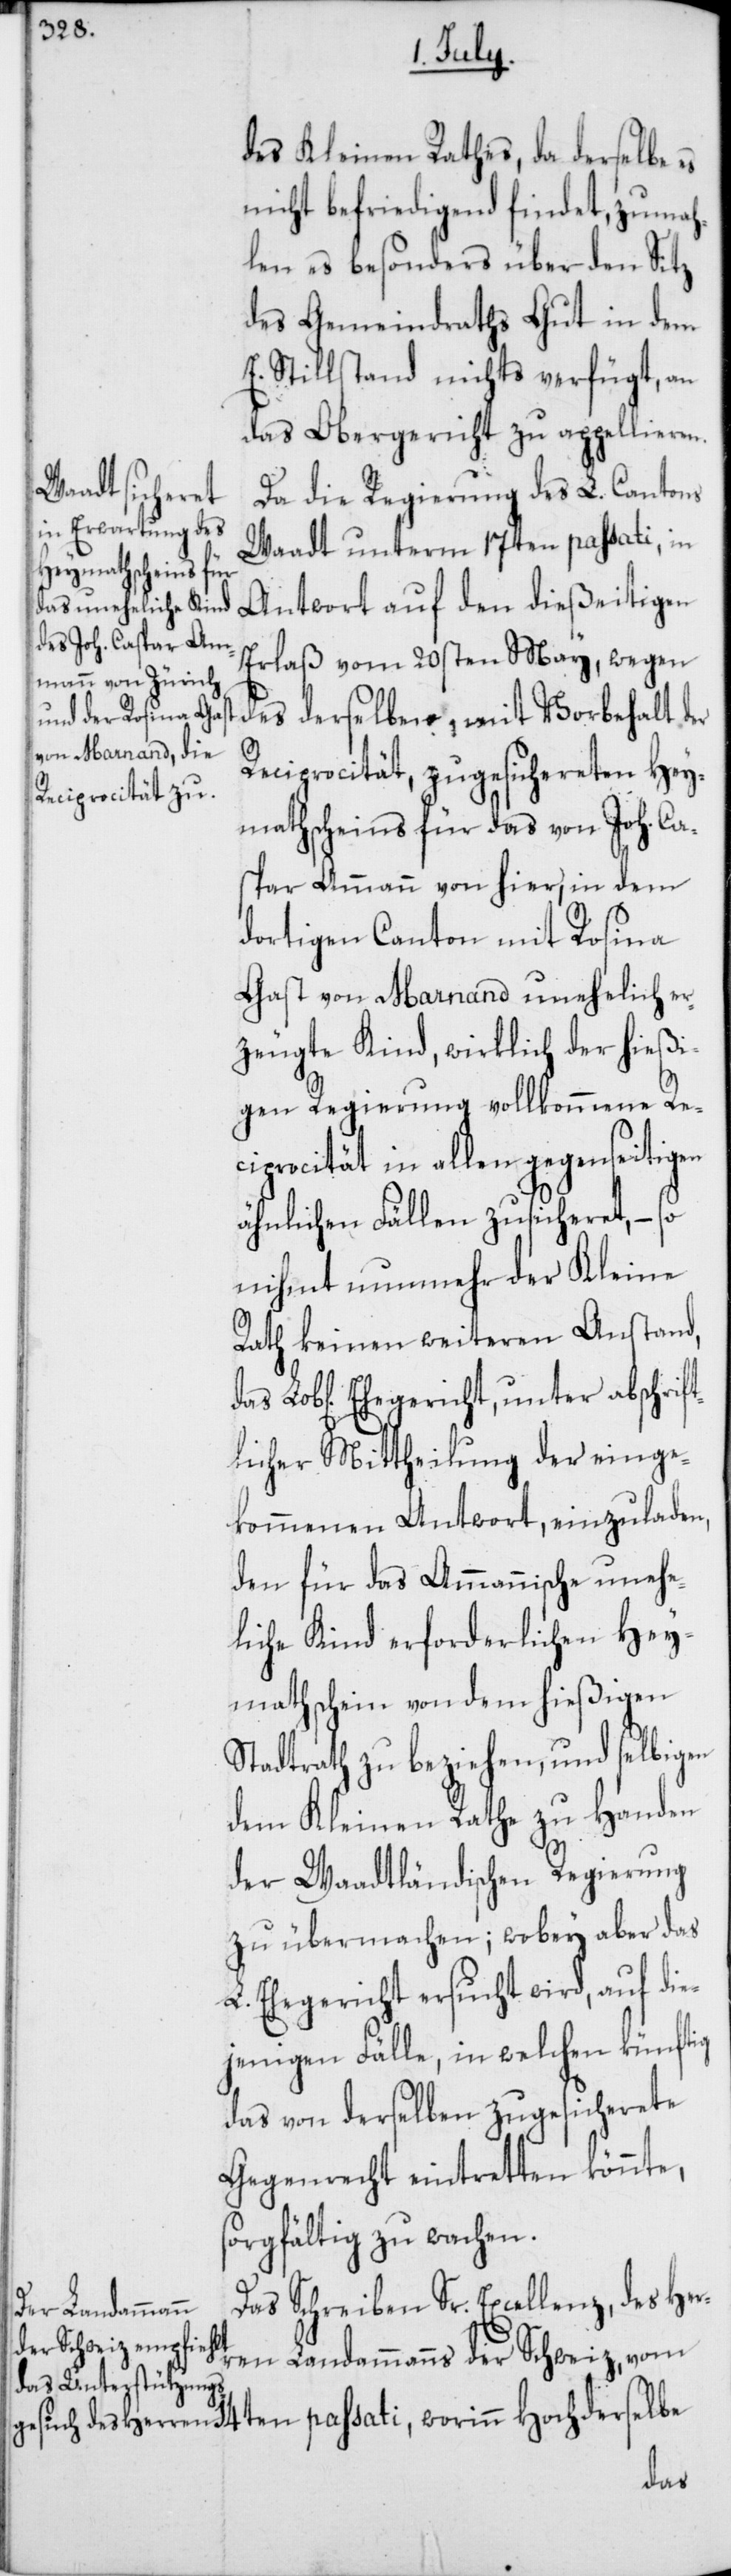
des Kleinen Rathes, da derselbe es
nicht befriedigend findet, zuma¬
hlen es besonders über den Sitz
des Gemeindraths Gut in dem
E. Stillstand nichts verfügt, an
das Obergericht zu appellieren.
Da die Regierung des L. Cantons
Waadt unterm 17ten passati, in
Antwort auf den dießeitigen
Erlaß vom 20sten May, wegen
des derselben, mit Vorbehalt der
Reciprocität, zugesichereten Hey¬
mathscheins für das von Joh. Ca¬
spar Ammann von hier, in dem
dortigen Canton mit Rosina
Gast von Marand unehelich er¬
zeugte Kind, wirklich der hießi¬
gen Regierung vollkommene Re¬
ciprocität in allen gegenseitigen
ähnlichen Fällen zusicheret, – so
nihmt nunmehr der Kleine
Rath keinen weiteren Anstand,
Lob[liche] Ehegericht, unter abschrif¬
tlicher Mittheilung der einge¬
kommenen Antwort, einzuladen,
den für das Ammannische unehe¬
liche Kind erforderlichen Hey¬
mathschein von dem hießigen
Stadtrath zu beziehen, und selbigen
dem Kleinen Rathe zu Handen
der Waadtländischen Regierung
zu übermachen; wobey aber das
L. Ehegericht ersucht wird, auf die¬
jenigen Fälle, in welchen künftig
das von derselben zugesicherete
Gegenrecht eintretten könnte,
sorgfältig zu wachen.
Das Schreiben Sr. Excellenz, des Her¬
ren Landammanns der Schweiz, vom
das